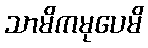
သာမိကမုပေမိ